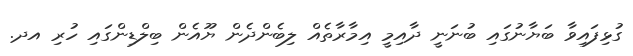
ގުޅިފައިވާ ބަޔާނުގައި ބުނަނީ ދާއިމީ އިމާރާތެއް ލިބެންދެން ޔޫއެން ބިލްޑިންގައި ހުރި އދ.